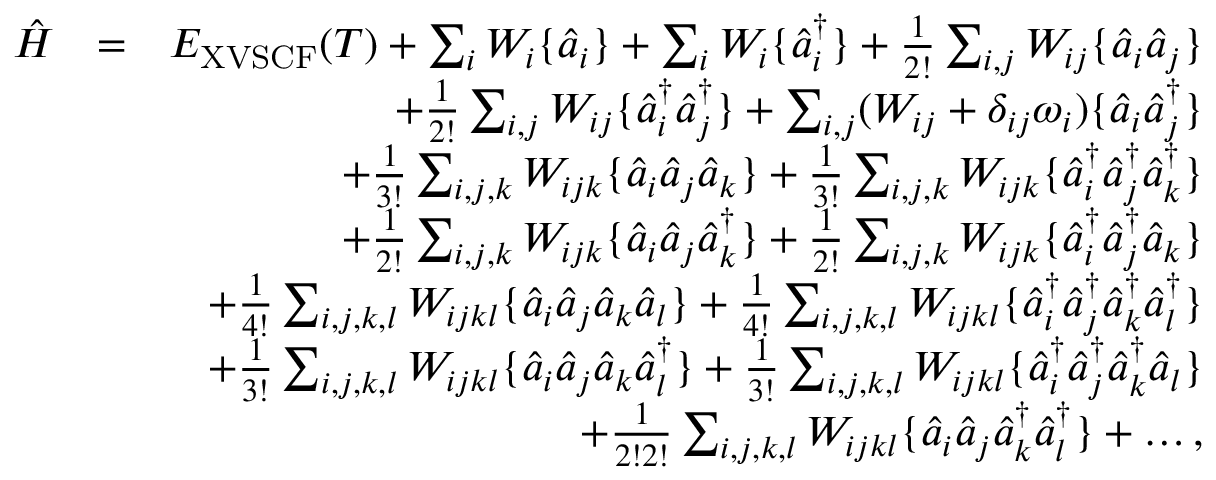
\begin{array} { r l r } { \hat { H } } & { = } & { E _ { \mathrm { X V S C F } } ( T ) + \sum _ { i } W _ { i } \{ \hat { a } _ { i } \} + \sum _ { i } W _ { i } \{ \hat { a } _ { i } ^ { \dagger } \} + \frac { 1 } { 2 ! } \sum _ { i , j } W _ { i j } \{ \hat { a } _ { i } \hat { a } _ { j } \} } \\ & { } & { + \frac { 1 } { 2 ! } \sum _ { i , j } W _ { i j } \{ \hat { a } _ { i } ^ { \dagger } \hat { a } _ { j } ^ { \dagger } \} + \sum _ { i , j } ( W _ { i j } + \delta _ { i j } \omega _ { i } ) \{ \hat { a } _ { i } \hat { a } _ { j } ^ { \dagger } \} } \\ & { } & { + \frac { 1 } { 3 ! } \sum _ { i , j , k } W _ { i j k } \{ \hat { a } _ { i } \hat { a } _ { j } \hat { a } _ { k } \} + \frac { 1 } { 3 ! } \sum _ { i , j , k } W _ { i j k } \{ \hat { a } _ { i } ^ { \dagger } \hat { a } _ { j } ^ { \dagger } \hat { a } _ { k } ^ { \dagger } \} } \\ & { } & { + \frac { 1 } { 2 ! } \sum _ { i , j , k } W _ { i j k } \{ \hat { a } _ { i } \hat { a } _ { j } \hat { a } _ { k } ^ { \dagger } \} + \frac { 1 } { 2 ! } \sum _ { i , j , k } W _ { i j k } \{ \hat { a } _ { i } ^ { \dagger } \hat { a } _ { j } ^ { \dagger } \hat { a } _ { k } \} } \\ & { } & { + \frac { 1 } { 4 ! } \sum _ { i , j , k , l } W _ { i j k l } \{ \hat { a } _ { i } \hat { a } _ { j } \hat { a } _ { k } \hat { a } _ { l } \} + \frac { 1 } { 4 ! } \sum _ { i , j , k , l } W _ { i j k l } \{ \hat { a } _ { i } ^ { \dagger } \hat { a } _ { j } ^ { \dagger } \hat { a } _ { k } ^ { \dagger } \hat { a } _ { l } ^ { \dagger } \} } \\ & { } & { + \frac { 1 } { 3 ! } \sum _ { i , j , k , l } W _ { i j k l } \{ \hat { a } _ { i } \hat { a } _ { j } \hat { a } _ { k } \hat { a } _ { l } ^ { \dagger } \} + \frac { 1 } { 3 ! } \sum _ { i , j , k , l } W _ { i j k l } \{ \hat { a } _ { i } ^ { \dagger } \hat { a } _ { j } ^ { \dagger } \hat { a } _ { k } ^ { \dagger } \hat { a } _ { l } \} } \\ & { } & { + \frac { 1 } { 2 ! 2 ! } \sum _ { i , j , k , l } W _ { i j k l } \{ \hat { a } _ { i } \hat { a } _ { j } \hat { a } _ { k } ^ { \dagger } \hat { a } _ { l } ^ { \dagger } \} + \dots , } \end{array}